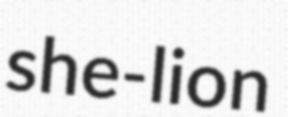
she-lion